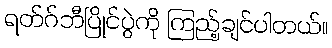
ရတ်ဂ်ဘီပြိုင်ပွဲကို ကြည့်ချင်ပါတယ်။